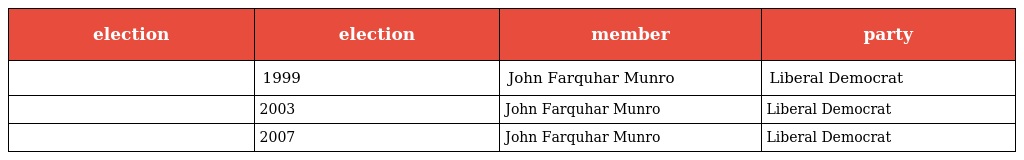
| election | election | member | party |
 | --- | --- | --- | --- |
 |  | 1999 | John Farquhar Munro | Liberal Democrat |
 |  | 2003 | John Farquhar Munro | Liberal Democrat |
 |  | 2007 | John Farquhar Munro | Liberal Democrat |